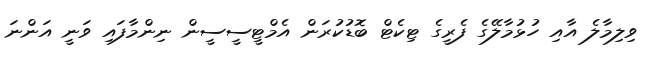
ވިލިމާލެ އާއި ހުޅުމާލޭގެ ފެރީގެ ޓިކެޓް ބޮޑުކުރަން އެމްޓީސީސީން ނިންމާފައި ވަނީ އަންނަ